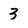
Character: 3